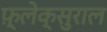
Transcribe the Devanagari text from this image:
फ़्लेक्सुराल